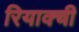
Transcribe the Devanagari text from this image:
रियाक्ची